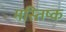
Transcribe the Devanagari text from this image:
मस्‍तिष्क